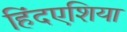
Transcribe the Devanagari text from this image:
हिंदएशिया